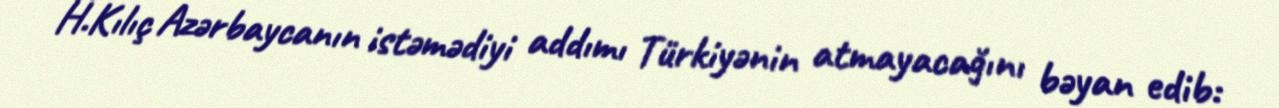
H.Kılıç Azərbaycanın istəmədiyi addımı Türkiyənin atmayacağını bəyan edib: